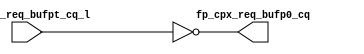
module cpx_fpbuf_p0(/*AUTOARG*/
   // Outputs
   fp_cpx_req_bufp0_cq, 
   // Inputs
   fp_cpx_req_bufpt_cq_l
   );

input	[7:0]	fp_cpx_req_bufpt_cq_l;

output	[7:0]	fp_cpx_req_bufp0_cq;


assign               fp_cpx_req_bufp0_cq[7:0]                =        ~fp_cpx_req_bufpt_cq_l[7:0];


endmodule